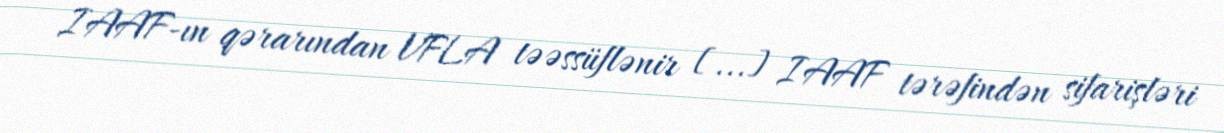
IAAF-ın qərarından VFLA təəssüflənir [...] IAAF tərəfindən sifarişləri